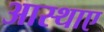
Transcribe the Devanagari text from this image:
आस्थाए